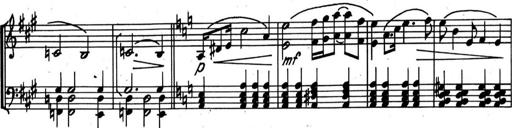
Title: Kleine Sonate
Composer: Raoul Koczalski
Key: C major